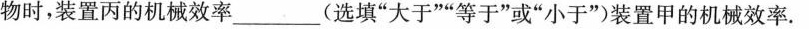
时，装置丙的机械效率___(选填”大于””等于”或”小于”)装置甲的机械效率。